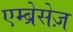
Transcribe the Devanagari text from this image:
एम्ब्रेसेज़